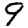
Digit: 9